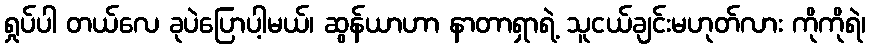
ရှုပ်ပါ တယ်လေ ခုပဲပြောပါ့မယ်၊ ဆွန်ယာဟာ နာတာရှာရဲ့ သူငယ်ချင်းမဟုတ်လား ကိုကိုရဲ၊